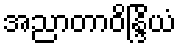
အညာတာဝိန္ဒြိယံ